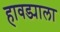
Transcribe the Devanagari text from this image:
हावड्याला